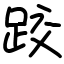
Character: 跤